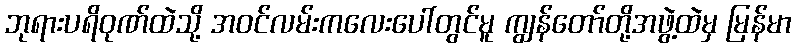
ဘုရားပရိဝုဏ်ထဲသို့ အဝင်လမ်းကလေးပေါ်တွင်မူ ကျွန်တော်တို့အဖွဲ့ထဲမှ မြန်မာ